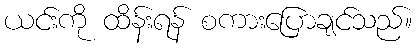
ယင်းကို ထိန်းရန် စကားပြောချင်သည်။